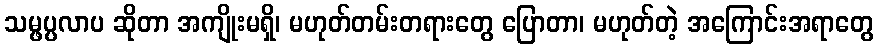
သမ္ဖပ္ပလာပ ဆိုတာ အကျိုးမရှိ၊ မဟုတ်တမ်းတရားတွေ ပြောတာ၊ မဟုတ်တဲ့ အကြောင်းအရာတွေ